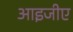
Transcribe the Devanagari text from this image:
आइजीए